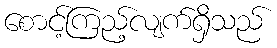
စောင့်ကြည့်လျက်ရှိသည်